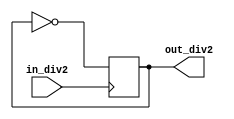
module myDivider2(in_div2, out_div2);
  input in_div2;
  output reg out_div2;
  
  initial begin
    out_div2 <= 1'b0;
  end
   
  always @(posedge in_div2) begin
    out_div2 <= ~out_div2;
  end
endmodule